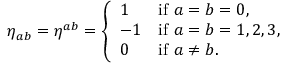
\eta _ { a b } = \eta ^ { a b } = { \left\{ \begin{array} { l l } { 1 } & { { \mathrm { i f ~ } } a = b = 0 , } \\ { - 1 } & { { \mathrm { i f ~ } } a = b = 1 , 2 , 3 , } \\ { 0 } & { { \mathrm { i f ~ } } a \neq b . } \end{array} \right. }